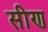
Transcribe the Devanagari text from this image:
सीण